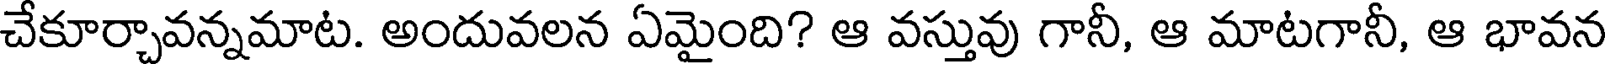
చేకూర్చావన్నమాట. అందువలన ఏమైంది? ఆ వస్తువు గానీ, ఆ మాటగానీ, ఆ భావన